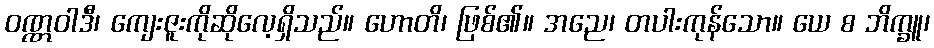
ဝဏ္ဏဝါဒီ၊ ကျေးဇူးကိုဆိုလေ့ရှိသည်။ ဟောတိ၊ ဖြစ်၏။ အညေ၊ တပါးကုန်သော။ ယေ စ ဘိက္ခူ၊